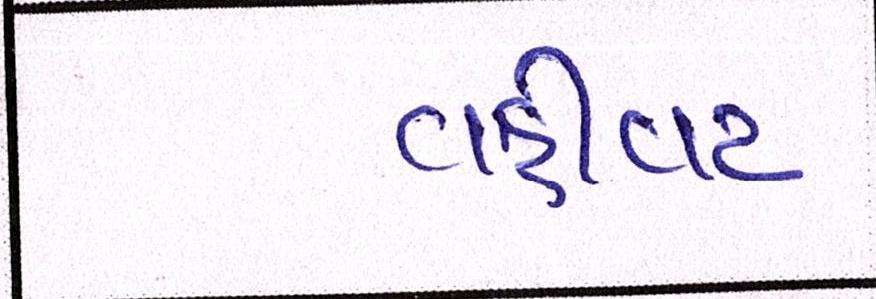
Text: વહિવટ